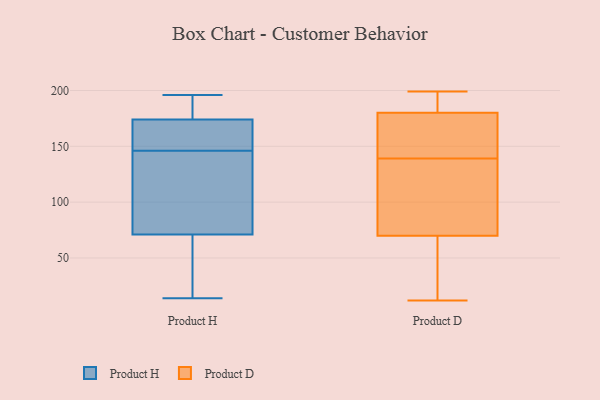
{"axis": {"x": "Population (Million)", "y": "Value"}, "legend": ["Product D", "Product H"], "data": [{"x": "", "y": 176, "type": "Product H"}, {"x": "", "y": 161, "type": "Product H"}, {"x": "", "y": 107, "type": "Product H"}, {"x": "", "y": 142, "type": "Product H"}, {"x": "", "y": 26, "type": "Product H"}, {"x": "", "y": 190, "type": "Product H"}, {"x": "", "y": 81, "type": "Product H"}, {"x": "", "y": 61, "type": "Product H"}, {"x": "", "y": 172, "type": "Product H"}, {"x": "", "y": 150, "type": "Product H"}, {"x": "", "y": 14, "type": "Product H"}, {"x": "", "y": 196, "type": "Product H"}, {"x": "", "y": 180, "type": "Product D"}, {"x": "", "y": 94, "type": "Product D"}, {"x": "", "y": 12, "type": "Product D"}, {"x": "", "y": 163, "type": "Product D"}, {"x": "", "y": 115, "type": "Product D"}, {"x": "", "y": 69, "type": "Product D"}, {"x": "", "y": 199, "type": "Product D"}, {"x": "", "y": 182, "type": "Product D"}, {"x": "", "y": 70, "type": "Product D"}, {"x": "", "y": 180, "type": "Product D"}]}